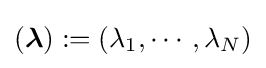
({\boldsymbol {\lambda }}):=(\lambda _{1},\cdots ,\lambda _{N})